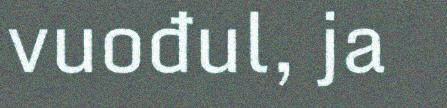
vuođul, ja